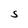
Character: S